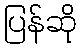
ပြန်ဆို